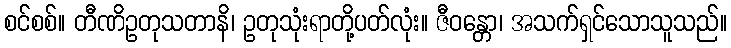
စင်စစ်။ တီဏိဥတုသတာနိ၊ ဥတုသုံးရာတို့ပတ်လုံး။ ဇီဝန္တော၊ အသက်ရှင်သောသူသည်။